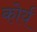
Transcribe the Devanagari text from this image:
कोर्य